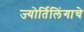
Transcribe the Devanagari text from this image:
ज्‍योर्तिलिंगाचे